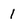
Character: 1